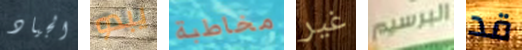
الجياد يبدو مخاطبة غير البرسيم قد